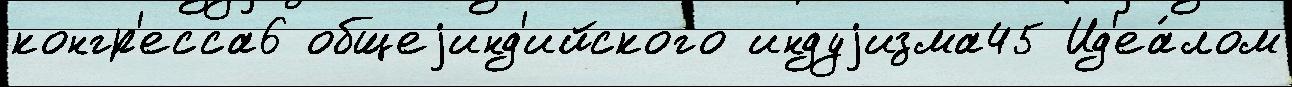
конгр'есса6 общеjинд'ийского индуjизма45 Ид'еа́лом